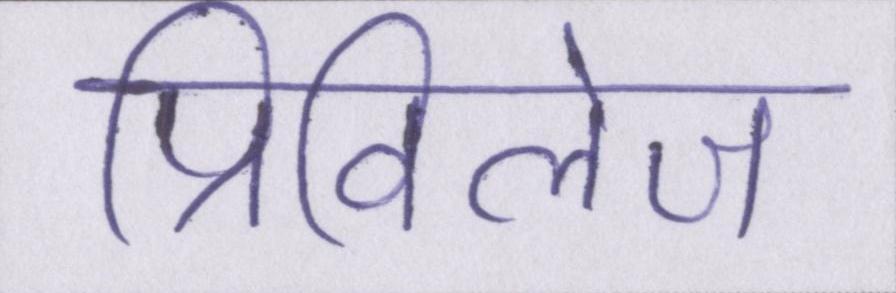
प्रिविलेज